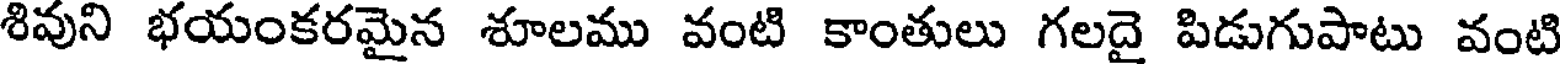
శివుని భయంకరమైన శూలము వంటి కాంతులు గలదై పిడుగుపాటు వంటి